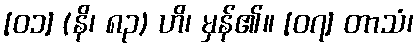
[၀၁] (နိ၊ ၈၃) ဟိ၊ မှန်၏။ [၀၇] တာသံ၊